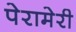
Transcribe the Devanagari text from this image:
पेरामेरी